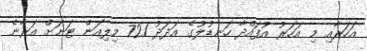
އަހަރާއި މި އަހަރު އުފައްދާ ހަނޑުލުގެ އަދަދު 721 މިލިއަން ޓަނަށް އަރާނެ